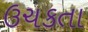
ઉચકતા